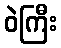
ဝဲကြီး